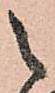
之